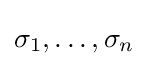
\sigma _{1},\ldots ,\sigma _{n}